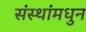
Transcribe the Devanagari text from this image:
संस्थांमधुन